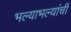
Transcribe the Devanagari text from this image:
भल्याभल्यांची